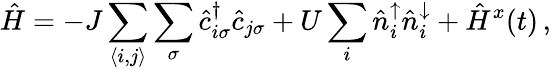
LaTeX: \hat{H}=-J\sum_{\langle i,j\rangle}\sum_{\sigma}\hat{c}_{i\sigma}^{\dagger}\hat{c}_{j\sigma}+U\sum_{i}\hat{n}_{i}^{\uparrow}\hat{n}_{i}^{\downarrow}+\hat{H}^{x}(t)\, ,